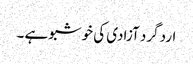
ارد گرد آزادی کی خوشبو ہے ۔